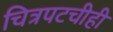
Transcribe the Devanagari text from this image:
चित्रपटचीही